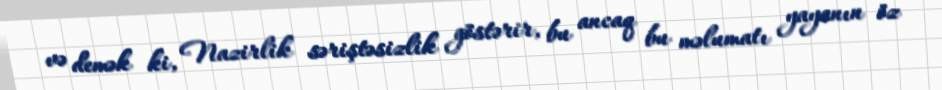
və demək ki, Nazirlik səriştəsizlik göstərir, bu ancaq bu məlumatı yayanın öz